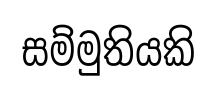
සම්මුතියකි